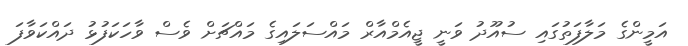
އަމީންގެ މަލާފަތުގައި ސުއޫދު ވަނީ ޖީއެމްއާރް މައްސަލައިގެ މައްޗަށް ވެސް ވާހަކަފުޅު ދައްކަވާފަ